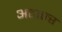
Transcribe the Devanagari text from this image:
अटाएर